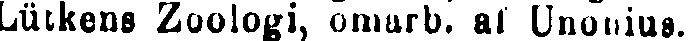
Lütkens Zoologi, omarb. al Unonius.